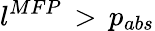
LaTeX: l^{MFP}\, >\, p_{abs}